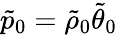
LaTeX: \tilde{p}_{0}=\tilde{\rho}_{0}\tilde{\theta}_{0}